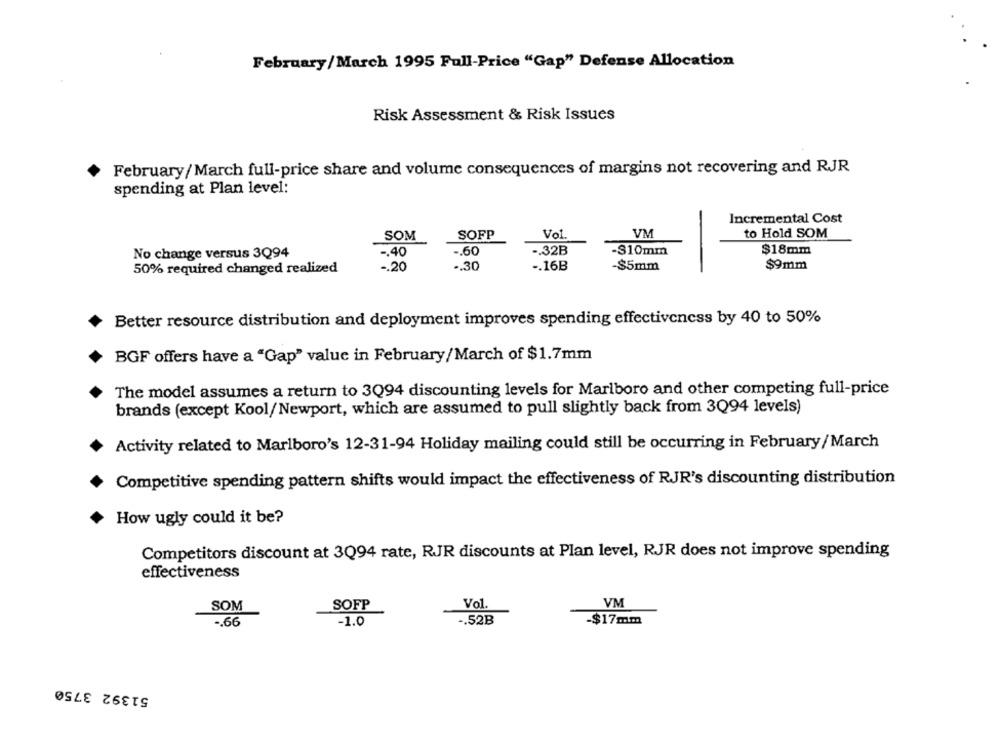
February/March 1995 Full-Price "Gap" Defense Allocation
Risk Assessment & Risk Issues
February/March full-price share and volume consequences of margins not recovering and RJR
spending at Plan level:
Incremental Cost
SOM
SOFP
Vol.
VM
to Hold SOM
-. 40
-. 60
-. 32B
-$10mm
$18mm
No change versus 3Q94
-. 20
-. 30
-. 16B
$5mm
$9mm
50% required changed realized
Better resource distribution and deployment improves spending effectiveness by 40 to 50%
BGF offers have a "Gap" value in February/March of $1.7mm
The model assumes a return to 3Q94 discounting levels for Marlboro and other competing full-price
brands (except Kool/Newport, which are assumed to pull slightly back from 3Q94 levels)
Activity related to Marlboro's 12-31-94 Holiday mailing could still be occurring in February/March
Competitive spending pattern shifts would impact the effectiveness of RJR's discounting distribution
How ugly could it be?
Competitors discount at 3Q94 rate, RJR discounts at Plan level, RJR does not improve spending
effectiveness
SOM
SOFP
Vol
VM
-. 66
-1.0
-. 52B
-$17mm
51392 3750